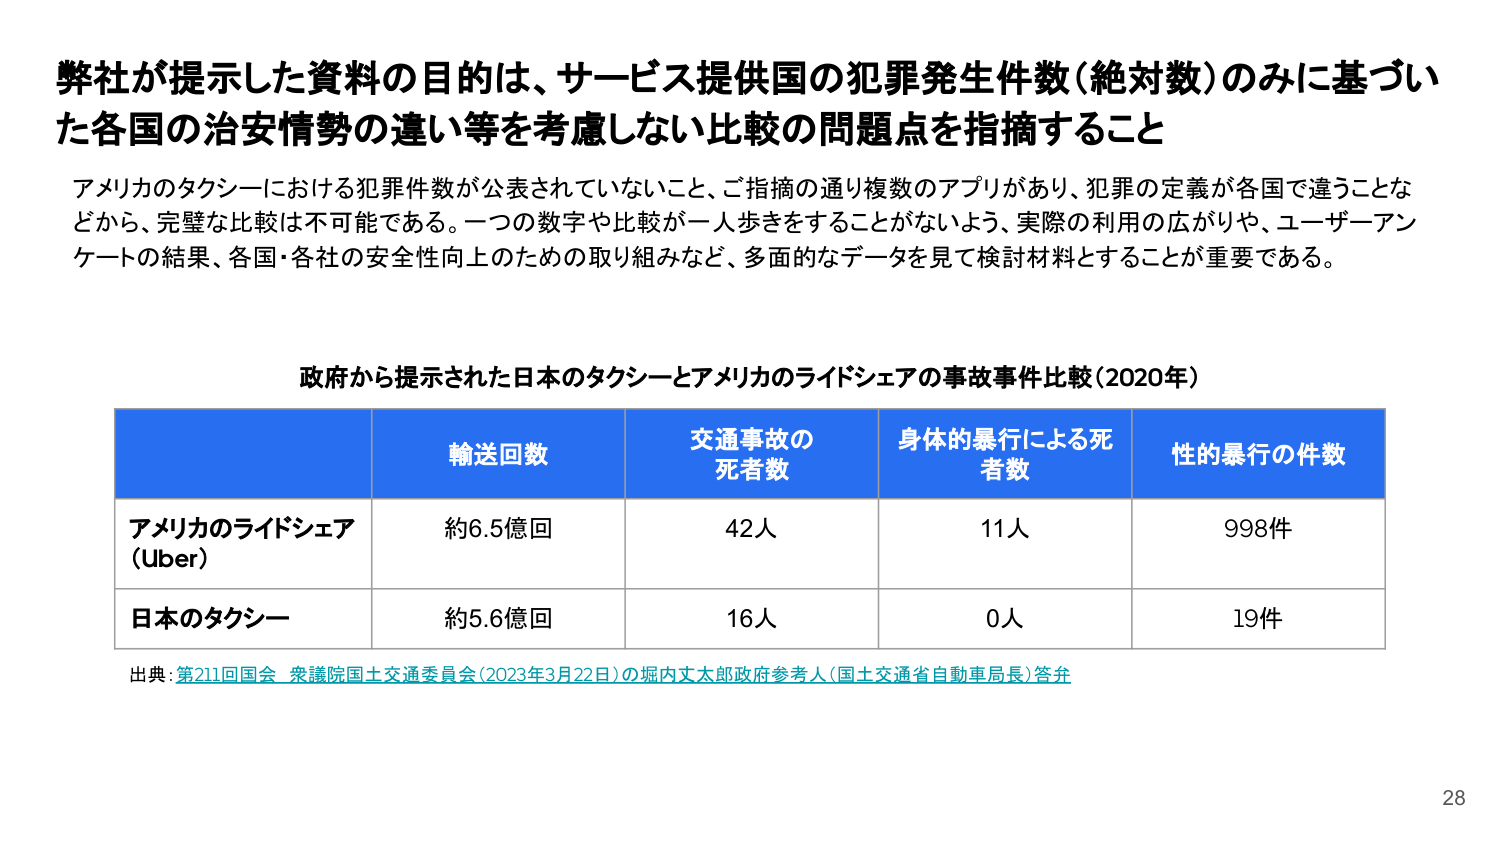
弊社が提示した資料の目的は、サービス提供国の犯罪発生件数（絶対数）のみに基づいた各国の治安情勢の違い等を考慮しない比較の問題点を指摘すること

アメリカのタクシーにおける犯罪件数が公表されていないこと、ご指摘の通り複数のアプリがあり、犯罪の定義が各国で違うことなどから、完璧な比較は不可能である。一つの数字や比較が一人歩きをすることがないよう、実際の利用の広がりや、ユーザーアンケートの結果、各国・各社の安全性向上のための取り組みなど、多面的なデータを見て検討材料とすることが重要である。

政府から提示された日本のタクシーとアメリカのライドシェアの事故事件比較（2020年）

輸送回数　　交通事故の死者数　　身体的暴行による死者数　　性的暴行の件数

アメリカのライドシェア（Uber）　　約6.5億回　　42人　　11人　　998件

日本のタクシー　　約5.6億回　　16人　　0人　　19件

出典：第211回国会 衆議院国土交通委員会（2023年3月22日）の堀内丈太郎政府参考人（国土交通省自動車局長）答弁

28